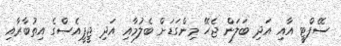
ސޭފްޓީ އާއި އަދި ބަލަން ޖެހޭ މިންގަޑަށް ބެލުމާއި އަދި ޖީޕީއެސްގެ އިތުބާރާއި